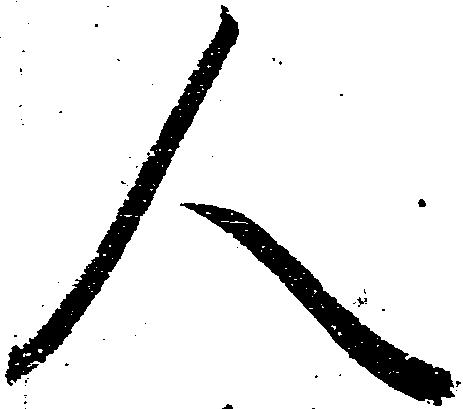
人